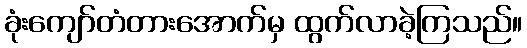
ခုံးကျော်တံတားအောက်မှ ထွက်လာခဲ့ကြသည်။